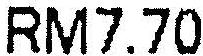
RM7.70